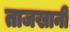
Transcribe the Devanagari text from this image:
ताजखानी